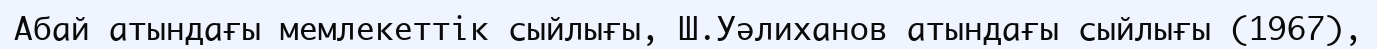
Абай атындағы мемлекеттік сыйлығы, Ш.Уәлиханов атындағы сыйлығы (1967),